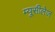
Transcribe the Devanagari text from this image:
म्यूसीलेज